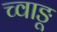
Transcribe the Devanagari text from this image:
च्वाङू